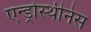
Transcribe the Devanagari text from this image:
एन्ड्रोस्थीनेस